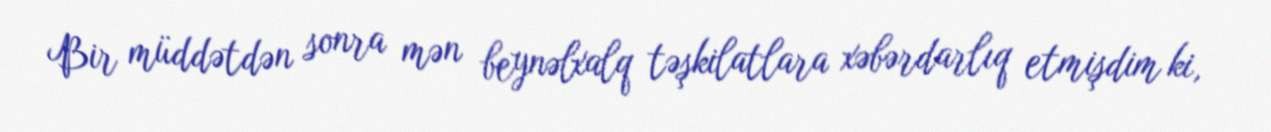
Bir müddətdən sonra mən beynəlxalq təşkilatlara xəbərdarlıq etmişdim ki,